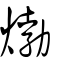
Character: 𤊹